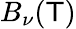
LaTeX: B_{\nu}(\mathsf{T})